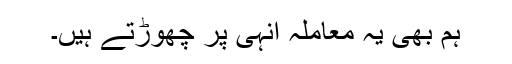
ہم بھی یہ معاملہ انہی پر چھوڑتے ہیں۔